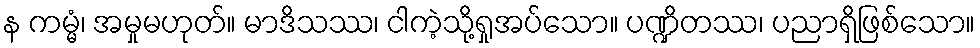
န ကမ္မံ၊ အမှုမဟုတ်။ မာဒိသဿ၊ ငါကဲ့သို့ရှုအပ်သော။ ပဏ္ဍိတဿ၊ ပညာရှိဖြစ်သော။